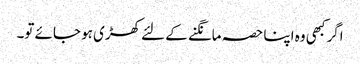
اگر کبھی وہ اپنا حصہ مانگنے کے لئے کھڑی ہو جائے تو۔